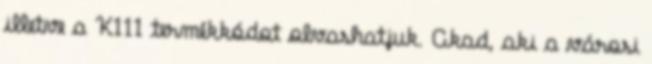
illetve a K111 termékkódot olvashatjuk. Akad, aki a városi